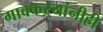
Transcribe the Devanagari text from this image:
गावकऱ्यांनीही